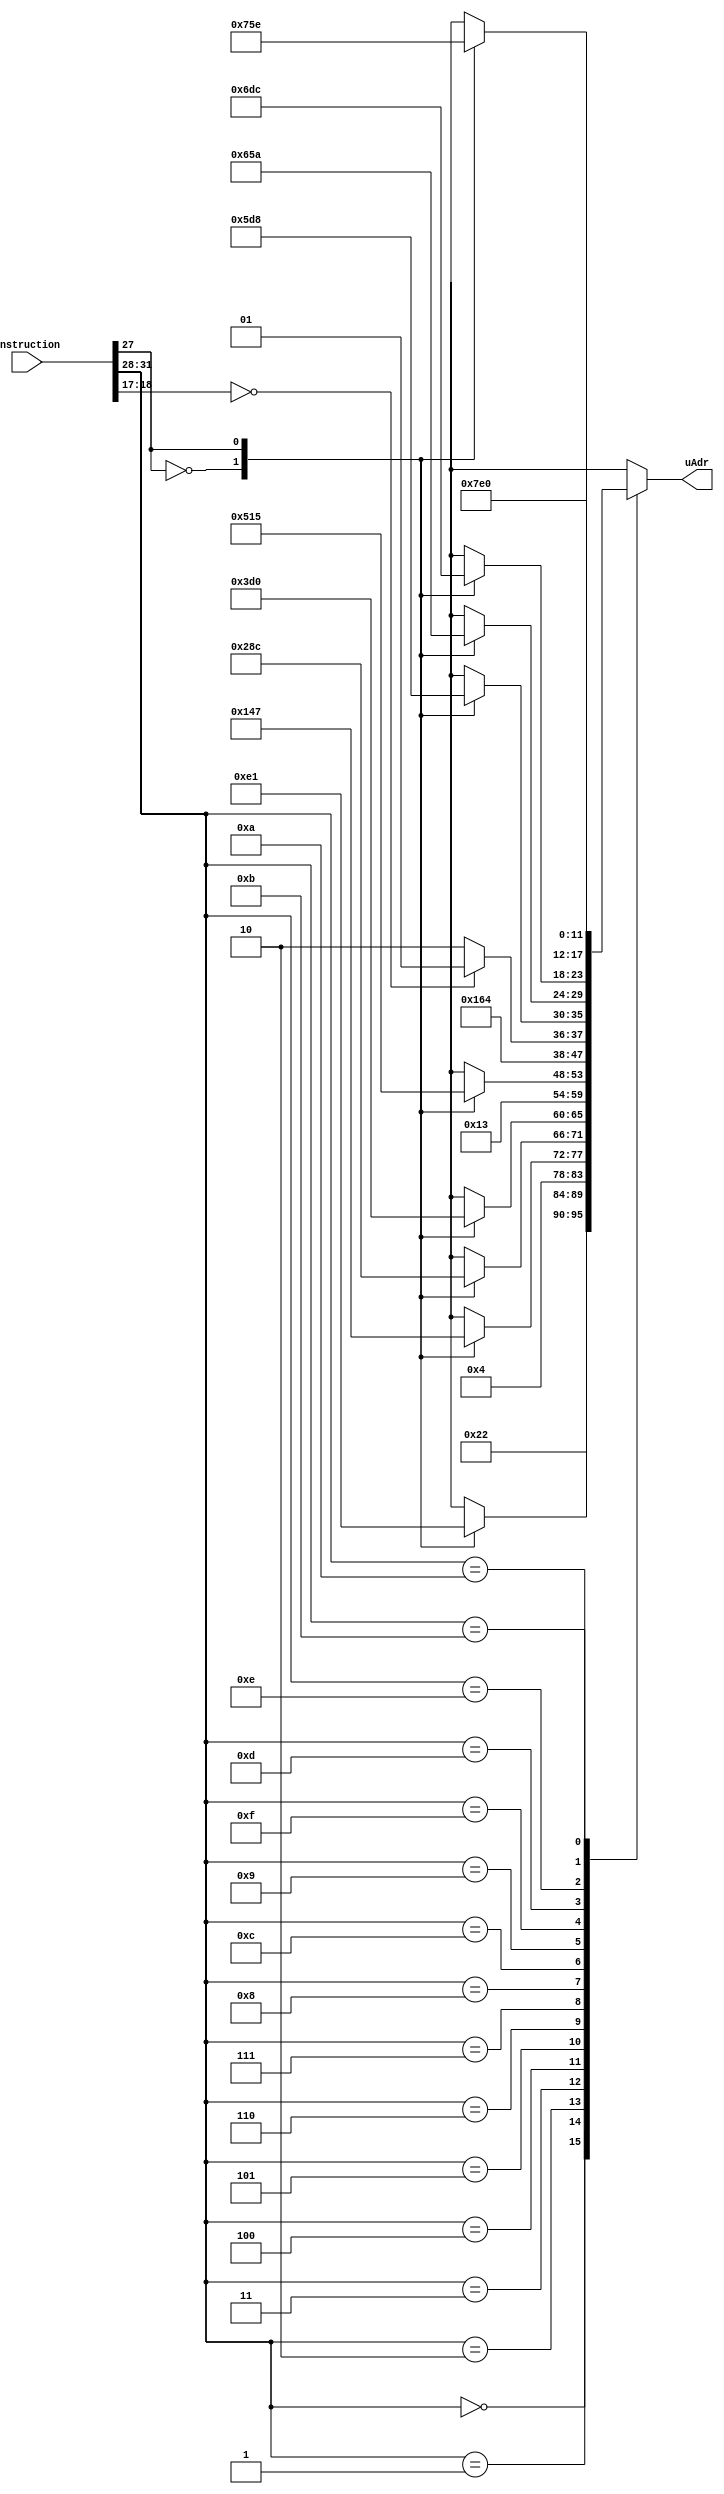
// Decoder 

module decoder(   input [31:0] instruction,
						output reg [5:0] uAdr);
	
	/* decoder gets the instruction and passes the relevant starting state of each instruction to the controller*/
	
	wire [3:0] opcode = instruction[31:28];
	wire j_bit = instruction[27];
	wire n_bit = instruction[18];
	wire z_bit = instruction[17];
	wire constant = 1'b1; 
	
	wire j_logic, n_logic, z_logic; 
	
	and and_1(j_logic, constant, j_bit);
	and and_2(n_logic, constant, n_bit);
	and and_3(z_logic, constant, z_bit);
	
	parameter
	IDLE  = 4'd0,
	NOP 	= 4'd1,
	RSET 	= 4'd2,
	LOAD 	= 4'd3,
	STOR 	= 4'd4,
	MVAR 	= 4'd5,
	MVAO 	= 4'd6,
	MVAI 	= 4'd7,
	INC 	= 4'd8,
	ADD 	= 4'd9,
	SFTR 	= 4'd10,
	SFTL 	= 4'd11,
	JUMP 	= 4'd12,
	MUL 	= 4'd13,
	DIV 	= 4'd14,
	SUB 	= 4'd15;
	
	always @ (instruction)	// reads the instruction opcode and map it to the micro-instruction address 
		case(opcode)
			IDLE: uAdr = 6'd34;
			NOP: begin
				case (j_logic)
					1'b0: uAdr = 6'd3; 
					1'b1: uAdr = 6'd33;
					endcase
				end
				
			RSET: uAdr = 6'd4;
							
			LOAD: begin
				case (j_logic)
					1'b0: uAdr = 6'd5;
					1'b1: uAdr = 6'd7;
				endcase
				end
				
			STOR: begin
				case (j_logic)
					1'b0: uAdr = 6'd10;
					1'b1: uAdr = 6'd12;
				endcase
				end
				
			MVAR: begin
				case (j_logic)
					1'b0: uAdr = 6'd15;
					1'b1: uAdr = 6'd16;
				endcase
				end
				
			MVAO: uAdr = 6'd19;
								
			MVAI: begin
				case (j_logic)
					1'b0: uAdr = 6'd20;
					1'b1: uAdr = 6'd21;
				endcase
				end
				
			INC: uAdr = 6'd22;
								
			JUMP: begin
				case ({n_logic, z_logic})
					2'b00: uAdr = 6'd17;
					default: uAdr = 6'd18;
				endcase
				end
				
			ADD: begin
				case (j_logic)
					1'b0: uAdr = 6'd23;
					1'b1: uAdr = 6'd24;
				endcase
				end
				
			SUB: begin
				case (j_logic)
					1'b0: uAdr = 6'd25;
					1'b1: uAdr = 6'd26;
				endcase
				end
								
			MUL: begin
				case (j_logic)
					1'b0: uAdr = 6'd27;
					1'b1: uAdr = 6'd28;
				endcase
				end
								
			DIV: begin
				case (j_logic)
					1'b0: uAdr = 6'd29;
					1'b1: uAdr = 6'd30;
				endcase
				end
								
			SFTR: uAdr = 6'd31;
			SFTL: uAdr = 6'd32; 
			
			default: uAdr = 6'd0;
		endcase

endmodule